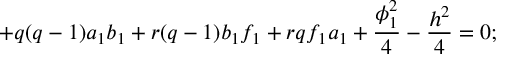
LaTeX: + q ( q - 1 ) a _ { 1 } b _ { 1 } + r ( q - 1 ) b _ { 1 } f _ { 1 } + r q f _ { 1 } a _ { 1 } + \frac { \phi _ { 1 } ^ { 2 } } { 4 } - \frac { h ^ { 2 } } { 4 } = 0 ;